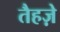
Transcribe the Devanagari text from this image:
तैहज़े